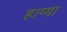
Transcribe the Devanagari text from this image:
हाग्या